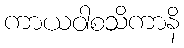
ကာယဝါစသိကာနိ